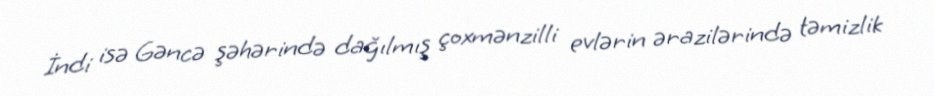
İndi isə Gəncə şəhərində dağılmış çoxmənzilli evlərin ərazilərində təmizlik